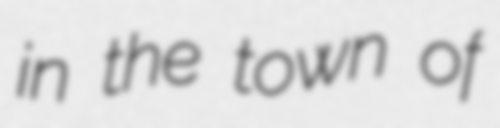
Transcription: in the town of